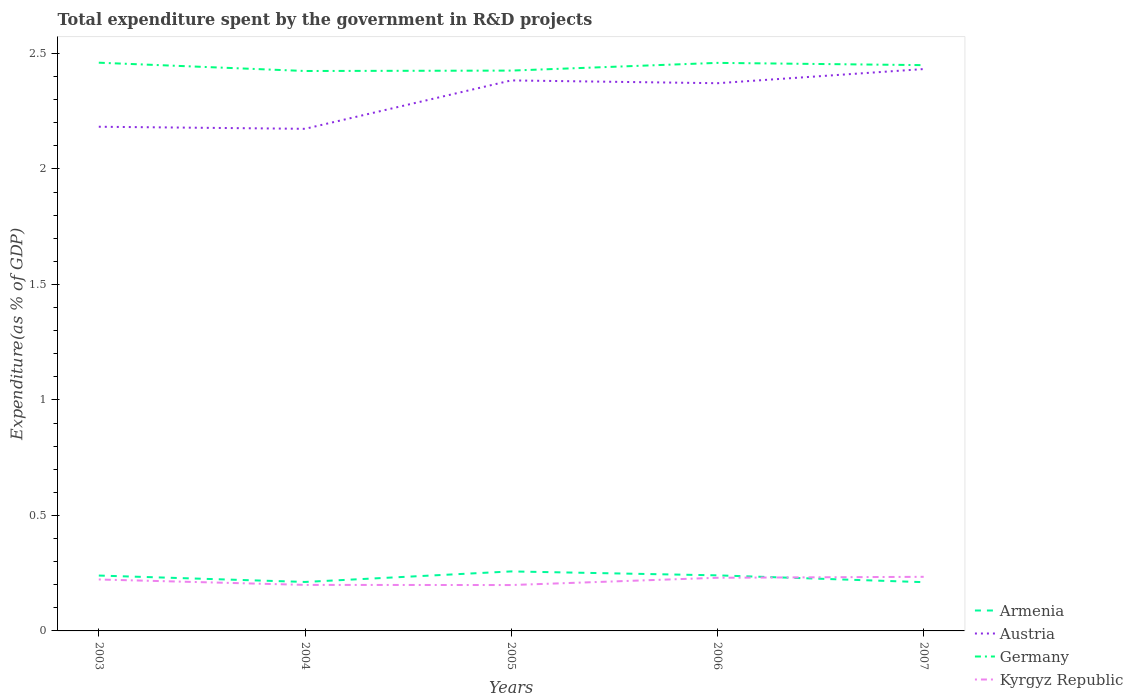
| Years | Armenia | Austria | Germany | Kyrgyz Republic |
 | --- | --- | --- | --- | --- |
 | 2003 | 0.24 | 2.18 | 2.46 | 0.223 |
 | 2004 | 0.212 | 2.17 | 2.42 | 0.199 |
 | 2005 | 0.258 | 2.38 | 2.43 | 0.199 |
 | 2006 | 0.241 | 2.37 | 2.46 | 0.23 |
 | 2007 | 0.211 | 2.43 | 2.45 | 0.234 |